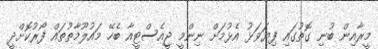
މީރާއިން ބުނި ގޮތުގައި ފިޔަވަޅު އެޅުމަށް ނިންމީ ޖީއެސްޓީއާ ބެހޭ މައުލޫމާތުތައް ފޯރުކޮށްދީ